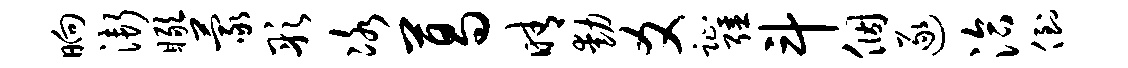
晌渐瞰蒙彤冰葛晴动爻趾强斗个逐洽倒